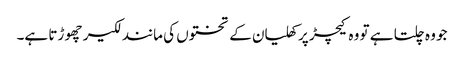
جو وہ چلتا ہے تو وہ کیچڑ پر کھلیان کے تختوں کی مانند لکیر چھو ڑتا ہے۔